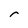
Character: r